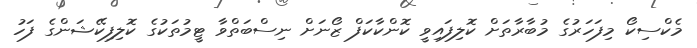
މެކްސިކޯ މިފަހަރުގެ މުބާރާތަށް ކޮލިފައިވީ ކޮންކާކަފް ޒޯނަށް ނިސްބަތްވާ ޓީމުތަކުގެ ކޮލިފިކޭޝަންގެ ފަހު